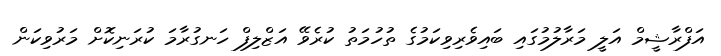
އަފްރާޝީމް އަލީ މަރާލުމުގައި ބައިވެރިވިކަމުގެ ތުހުމަތު ކުރެވޭ އަޒްލިފް ހަނގުރާމަ ކުރަނިކޮށް މަރުވިކަން